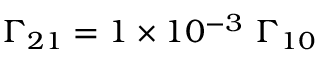
\Gamma _ { 2 1 } = 1 \times 1 0 ^ { - 3 } \ \Gamma _ { 1 0 }